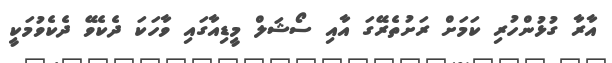
އާރާ ގުޅުންހުރި ކަމަށް ރަށުތެރޭގަ އާއި ސޯޝަލް މީޑިއާގައި ވާހަކަ ދެކެވޭ ދެކެވުމަކީ